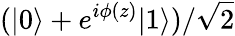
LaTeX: (\vert{0}\rangle+e^{i\phi(z)}\vert{1}\rangle)/\sqrt{2}